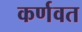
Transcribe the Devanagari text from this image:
कर्णवत